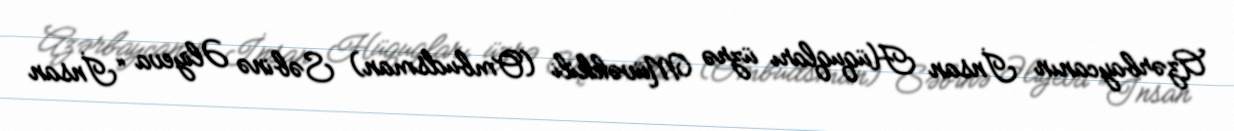
Azərbaycanın İnsan Hüquqları üzrə Müvəkkili (Ombudsman) Səbinə Əliyeva “İnsan